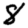
Digit: 8